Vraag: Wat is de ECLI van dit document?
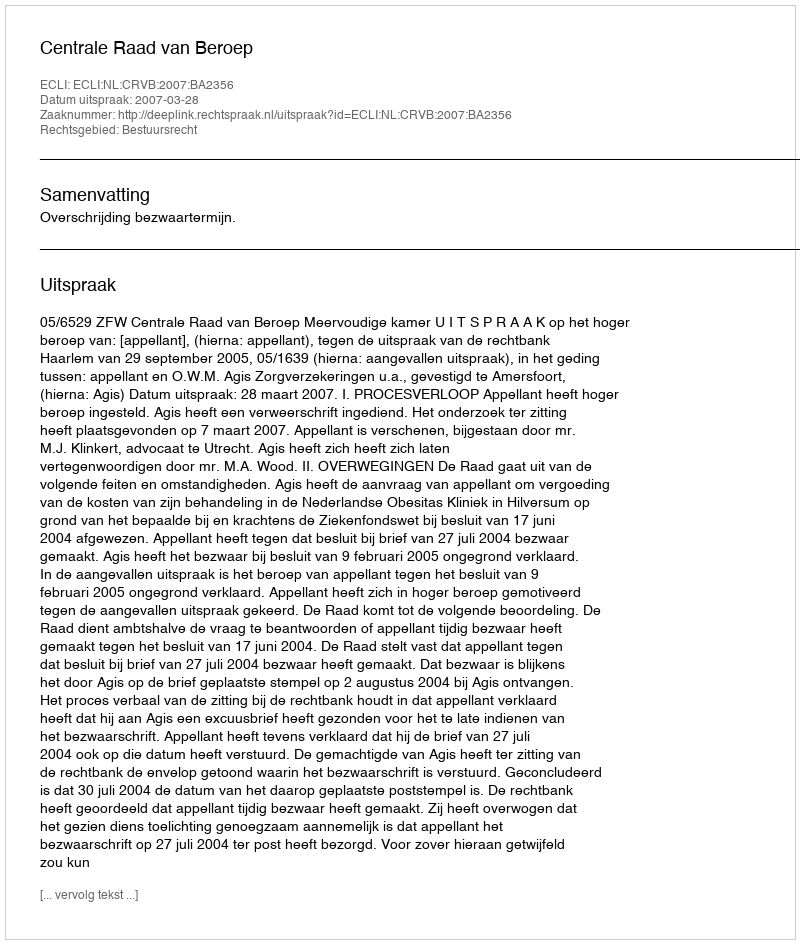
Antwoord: ECLI:NL:CRVB:2007:BA2356